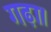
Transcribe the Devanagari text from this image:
गढ़ा।